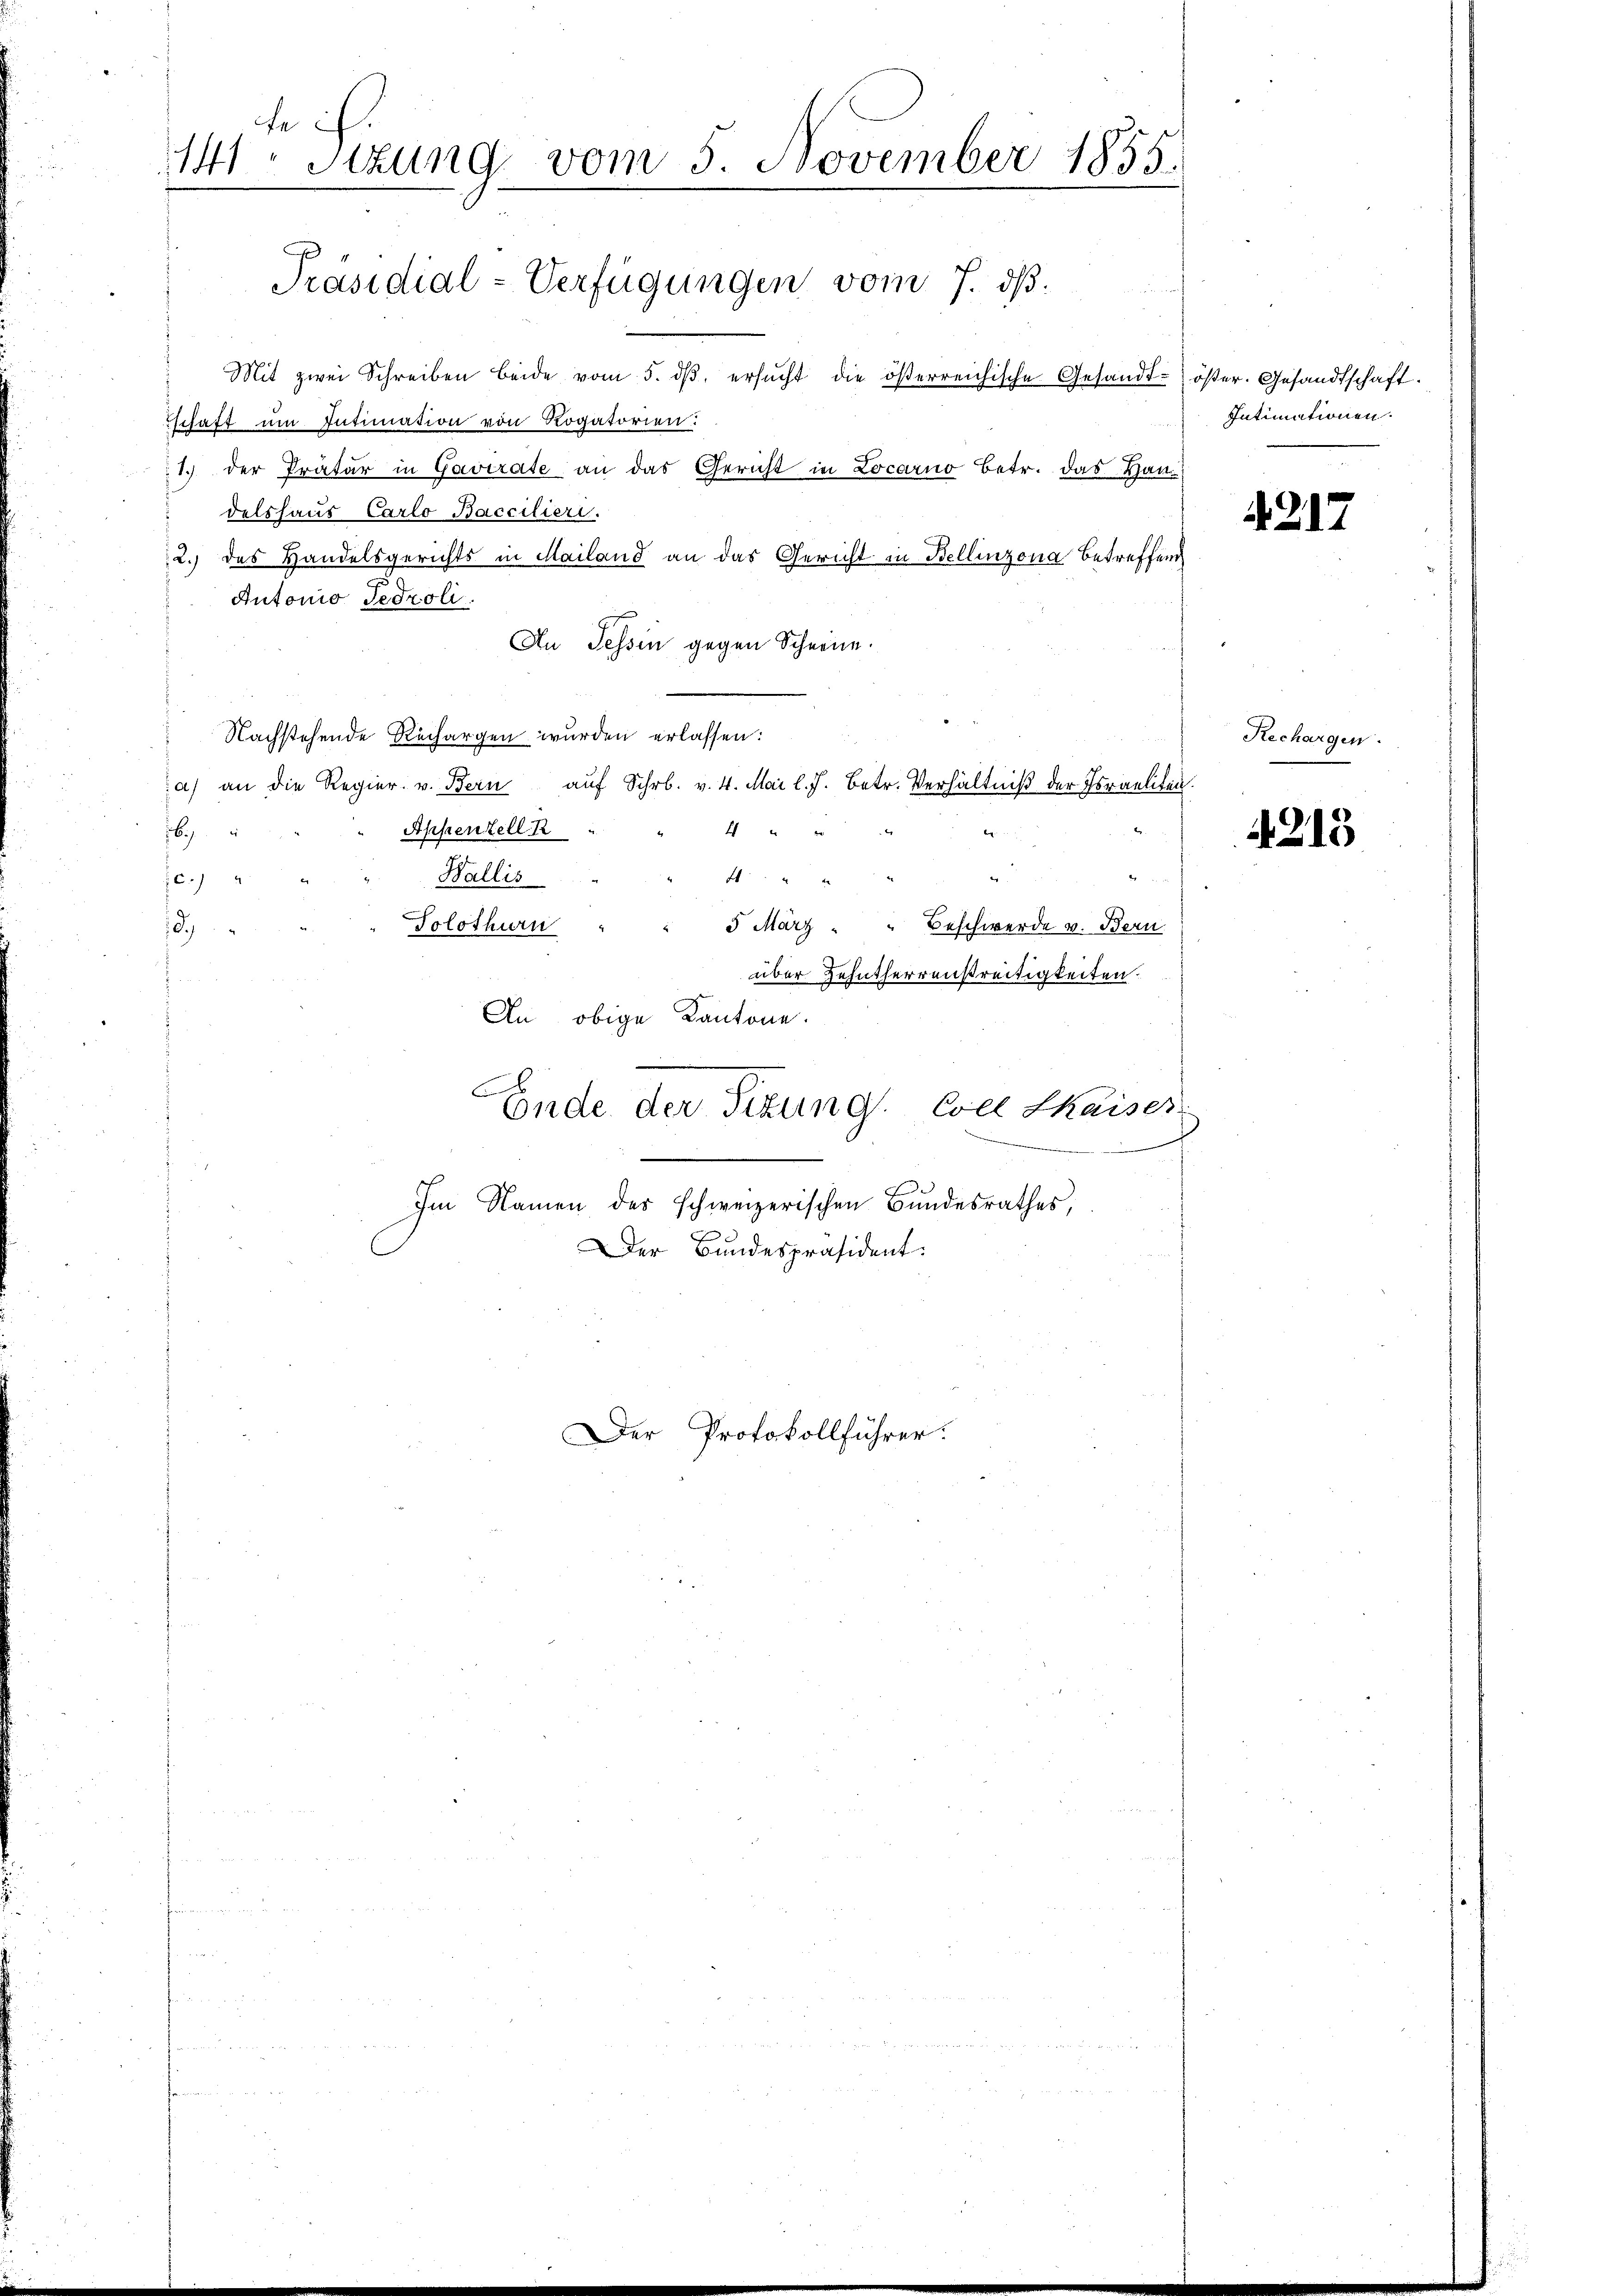
tecf.
141. Sitzung vom 5. November 1855.

Präsidial-Verfügungen vom 7. ds.

Der Protokollführer:

Mit zwei Schreiben beide vom 5. dβ ersŭcht die österreichische Gesandt-öster. Gesandtschaft.
schaft um Intimation von Rogatorien:
1.) der Präter in Gavirate an das Gericht in Locarno betr. das Han-
delshaus Carlo Baccilieri
2.) das Handelsgerichts in Mailand an das Gericht in Bellinzona betreffend
Autonio Tedroli
An Tessin gegen Schnene.
Nachstehende Rechargen wurden erlassen:
a) an die Regier. v. Bern aŭf Schr. v. 4. Mai l. J. betr. Verhältniβ der Israeliten.
Appenzell R
4
16
a
4
C.4
Wallis
Solothurn " " 3 März - " Beschwerde v. Bern
d.
über Zehntherrenstreitigkeiten.
An obige Kantone.
Ende der Sizung Coel Chaiser
Im Namen des schweizerischen Bundesrathes,
Der Bundespräsident:

Intimationen.

N. Z. 17.

Rechargen.

4215